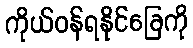
ကိုယ်ဝန်ရနိုင်ခြေကို